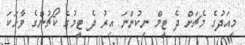
މިއަދުގެ މެޗަށް ދެ ޓީމް ނިކުންނަ އިރު ދެ ޓީމުގެ ކޯޗުންގެ ވާހަކަ